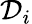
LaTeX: \mathcal{D}_{i}